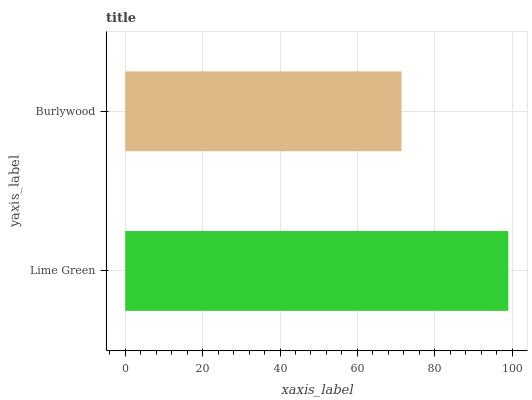
| yaxis_label | bars |
 | --- | --- |
 | Lime Green | 99 |
 | Burlywood | 71.4 |